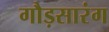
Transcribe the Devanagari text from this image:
गौड़सारंग